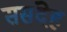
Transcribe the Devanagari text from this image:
ससंदेह